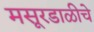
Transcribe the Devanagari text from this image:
मसूरडाळीचे